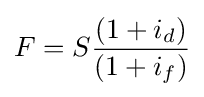
F=S{\frac {(1+i_{d})}{(1+i_{f})}}